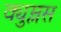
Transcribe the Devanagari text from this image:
क्युम्लस